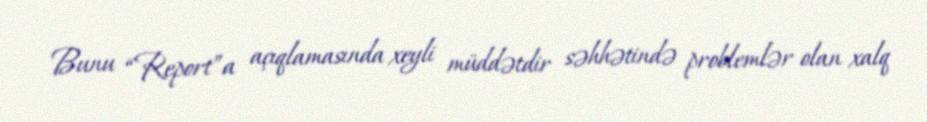
Bunu “Report”a açıqlamasında xeyli müddətdir səhhətində problemlər olan xalq